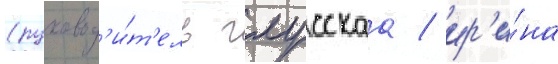
(руковод'и́т'ель глусскаа / ир'и́на